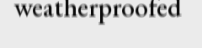
weatherproofed